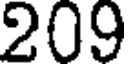
209